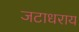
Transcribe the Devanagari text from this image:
जटाधराय